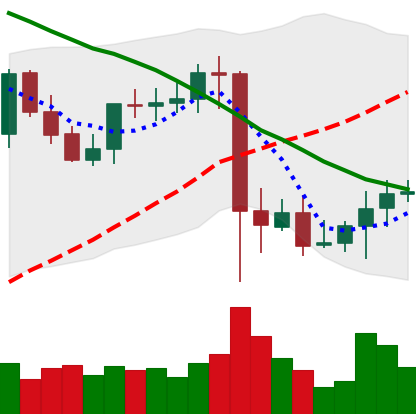
Ticker: XMR-USD
Chart end date: 2021-09-15
Forward return: -14.123%
Label: down_7plus